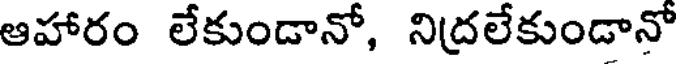
ఆహారం లేకుండానో, నిద్రలేకుండానో